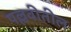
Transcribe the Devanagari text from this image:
पल्लवीतील